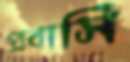
প্রবাসি